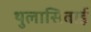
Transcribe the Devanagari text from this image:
थुलासिबाई